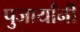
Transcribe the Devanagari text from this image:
पुजार्यांनी